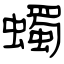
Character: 蠋